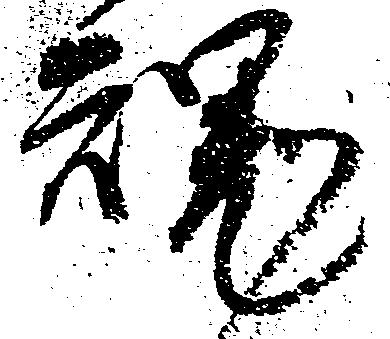
魂